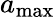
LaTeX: a_{\mathrm{max}}